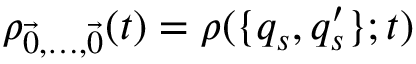
\rho _ { \vec { 0 } , \ldots , \vec { 0 } } ( t ) = \rho ( \{ q _ { s } , q _ { s } ^ { \prime } \} ; t )